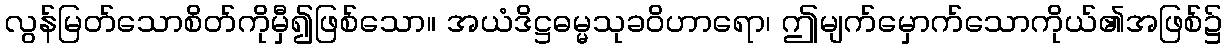
လွန်မြတ်သောစိတ်ကိုမှီ၍ဖြစ်သော။ အယံဒိဋ္ဌဓမ္မသုခဝိဟာရော၊ ဤမျက်မှောက်သောကိုယ်၏အဖြစ်၌